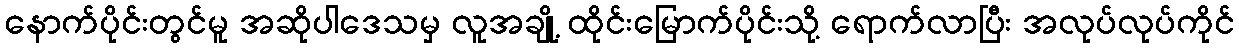
နောက်ပိုင်းတွင်မူ အဆိုပါဒေသမှ လူအချို့ ထိုင်းမြောက်ပိုင်းသို့ ရောက်လာပြီး အလုပ်လုပ်ကိုင်